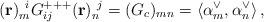
LaTeX: \begin{align*} ({\bf r})_m^{~i}G^{+++}_{ij}({\bf r})_n^{~j} =(G_c)_{mn}=\langle\alpha_m^\vee,\alpha_n^\vee\rangle\, ,\end{align*}